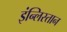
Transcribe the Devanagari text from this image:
इंन्लिस्तान